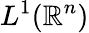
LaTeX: L^{1}(\mathbb{R}^{n})